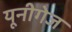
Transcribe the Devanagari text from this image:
यूनीगेज